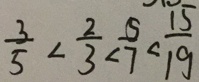
\frac { 3 } { 5 } < \frac { 2 } { 3 } < \frac { 5 } { 7 } < \frac { 1 5 } { 1 9 }